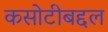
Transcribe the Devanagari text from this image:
कसोटीबद्दल